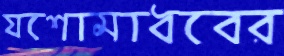
যশোমাধবের